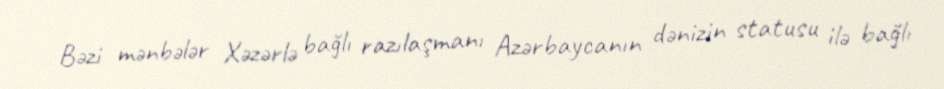
Bəzi mənbələr Xəzərlə bağlı razılaşmanı Azərbaycanın dənizin statusu ilə bağlı